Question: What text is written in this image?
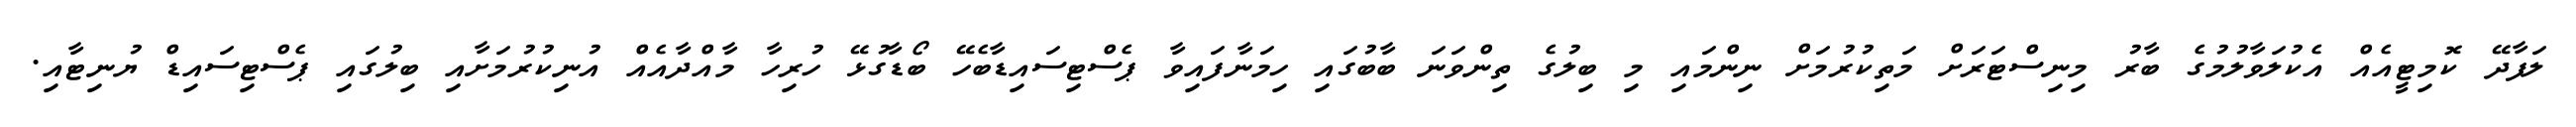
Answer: ލަފާދޭ ކޮމިޓީއެއް އެކުލަވާލުމުގެ ބާރު މިނިސްޓަރަށް މަތިކުރުމަށް ނިންމައި މި ބިލުގެ ތިންވަނަ ބާބުގައި ހިމަނާފައިވާ ޕެސްޓިސައިޑާބެހޭ ބޯޑާގުޅޭ ހުރިހާ މާއްދާއެއް އުނިކުރުމަށާއި ބިލުގައި ޕެސްޓިސައިޑް ޔުނިޓާއި.